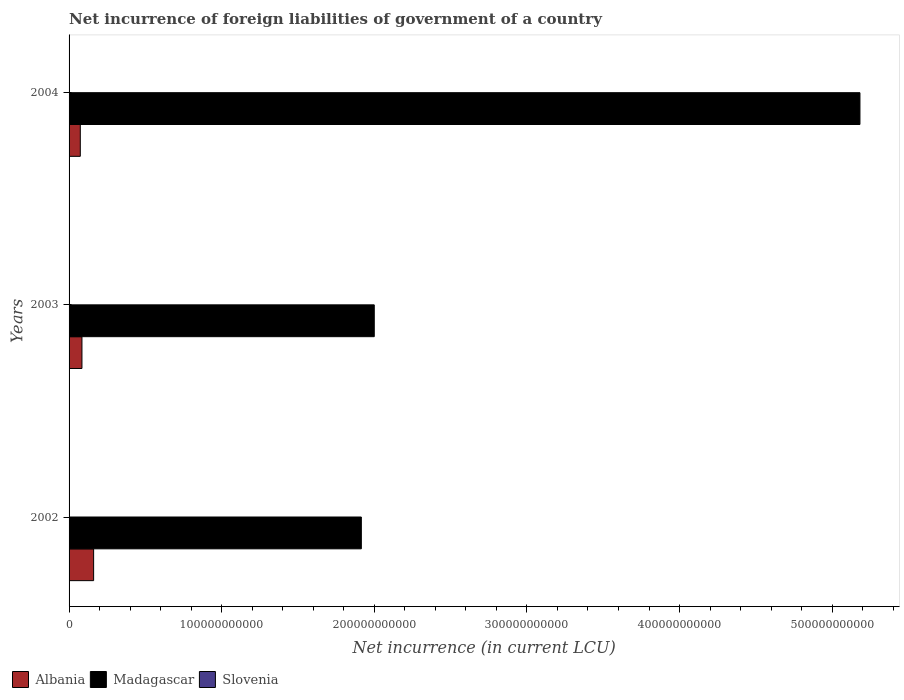
| Years | Albania | Madagascar | Slovenia |
 | --- | --- | --- | --- |
 | 2002 | 1.61e+10 | 1.92e+11 | -8.85e+07 |
 | 2003 | 8.44e+09 | 2e+11 | -4.28e+07 |
 | 2004 | 7.35e+09 | 5.18e+11 | -2.1e+08 |